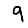
Digit: 9